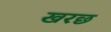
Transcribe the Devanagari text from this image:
खरछ